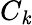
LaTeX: C_{\mathit{k}}